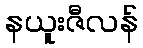
နယူးဇီလန်